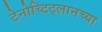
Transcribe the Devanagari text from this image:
टेनोच्टिट्लानच्या